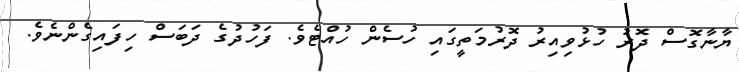
ޔާނާގޮސް ދޮރު ހުޅުވިއިރު ދޮރުމަތީގައި ހުސެން ހުއްޓެވެ. ފަހުދުގެ ދަބަސް ހިފައިގެންނެވެ.